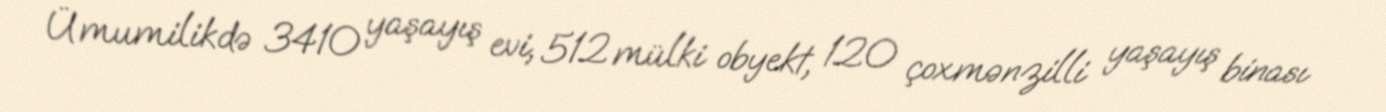
Ümumilikdə 3410 yaşayış evi, 512 mülki obyekt, 120 çoxmənzilli yaşayış binası